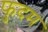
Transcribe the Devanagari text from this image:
फुदम